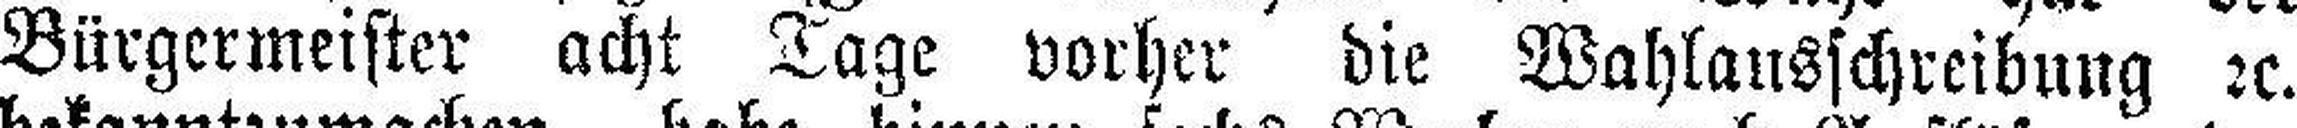
Bürgermeister acht Tage vorher die Wahlausschreibung 2c.